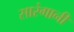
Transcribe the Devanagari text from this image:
सारंगानी